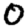
Digit: 0